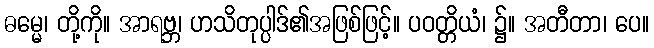
ဓမ္မေ၊ တို့ကို။ အာရဗ္ဘ၊ ဟသိတုပ္ပါဒ်၏အဖြစ်ဖြင့်။ ပဝတ္တိယံ၊ ၌။ အတီတာ၊ ပေ။